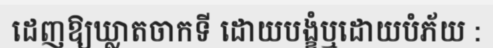
ដេញឱ្យឃ្លាតចាកទី ដោយបង្ខំឬដោយបំភ័យ :